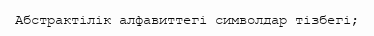
Абстрактілік алфавиттегі символдар тізбегі;